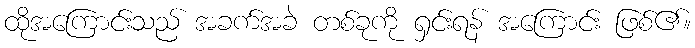
ထိုအကြောင်းသည် အခက်အခဲ တစ်ခုကို ရှင်းရန် အကြောင်း ဖြစ်၏။